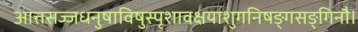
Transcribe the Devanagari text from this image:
आत्तसज्जधनुषाविषुस्पृशावक्षयाशुगनिषङ्गसङ्गिनौ।